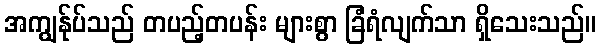
အကျွန်ုပ်သည် တပည့်တပန်း များစွာ ခြံရံလျက်သာ ရှိသေးသည်။